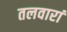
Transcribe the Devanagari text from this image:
तलवारां